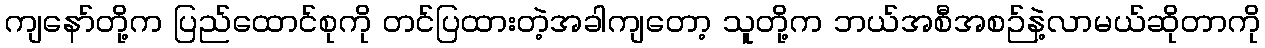
ကျနော်တို့က ပြည်ထောင်စုကို တင်ပြထားတဲ့အခါကျတော့ သူတို့က ဘယ်အစီအစဉ်နဲ့လာမယ်ဆိုတာကို